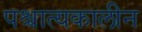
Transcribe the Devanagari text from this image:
पश्चात्यकालीन